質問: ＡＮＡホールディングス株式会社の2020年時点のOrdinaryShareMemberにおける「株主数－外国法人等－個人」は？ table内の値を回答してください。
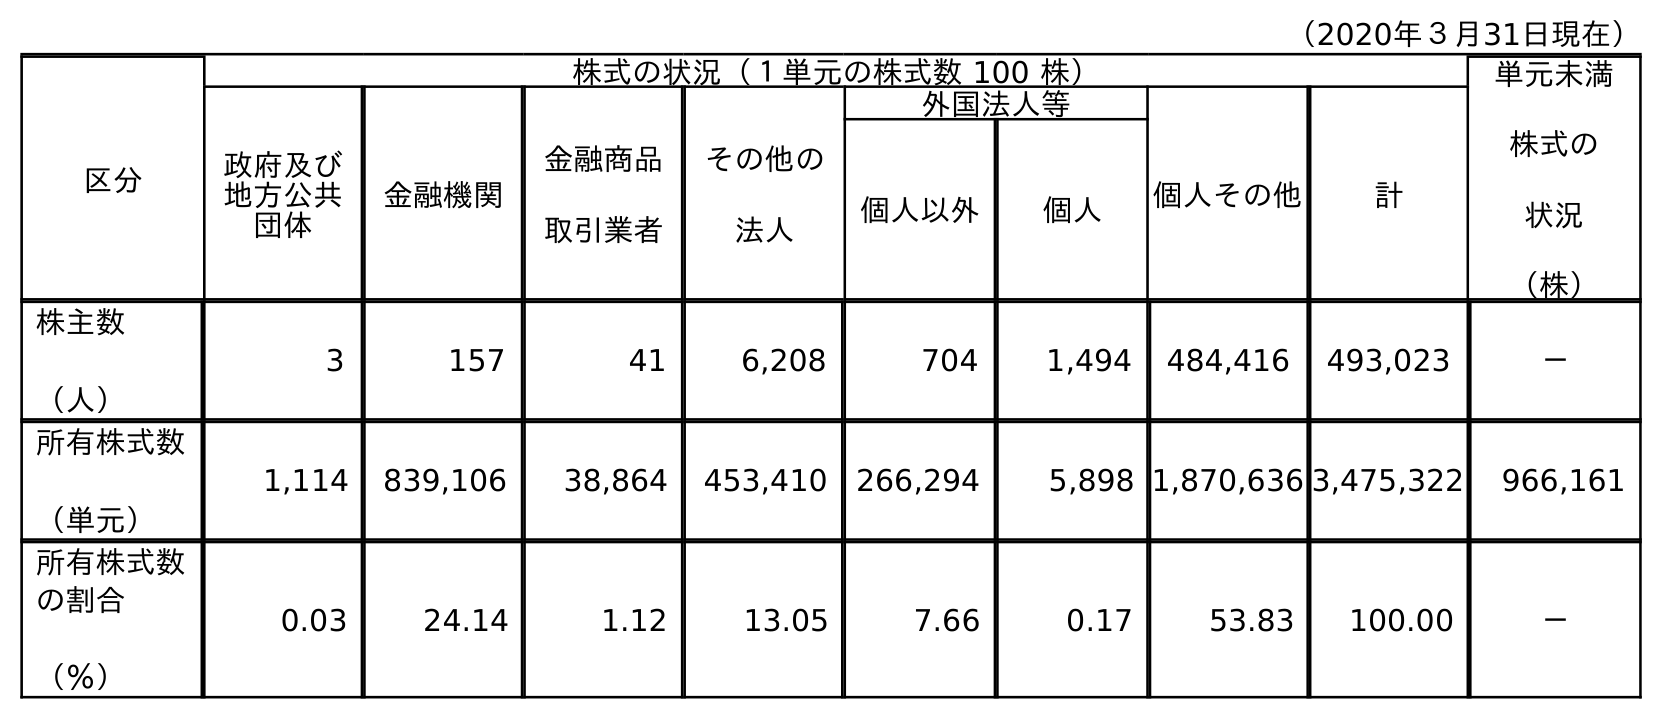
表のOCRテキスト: （2020年３月31日現在） 区分 株式の状況（１単元の株式数 100 株） 単元未満 株式の 状況 （株） 政府及び 地方公共 団体 金融機関 金融商品 取引業者 その他の 法人 外国法人等 個人その他 計 個人以外 個人 株主数 （人） 3 157 41 6,208 704 1,494 484,416 493,023 － 所有株式数 （単元） 1,114 839,106 38,864 453,410 266,294 5,898 1,870,636 3,475,322 966,161 所有株式数 の割合 （％） 0.03 24.14 1.12 13.05 7.66 0.17 53.83 100.00 －
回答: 1,494